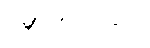
ခမ္ဘကတဝဂ္ဂေါ